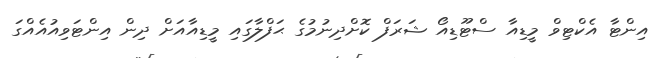
އިންޓާ އެކްޓިވް މީޑިއާ ސްޓޫޑިއޯ ޝަރަފް ކޮށްދިނުމުގެ ޙަފްލާގައި މީޑިއާއަށް ދިން އިންޓަވިއުއެއްގަ